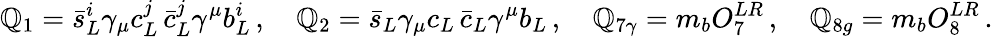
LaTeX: \mathbb{Q}_{1}=\bar{{s}}_{L}^{i}\gamma_{\mu}c_{L}^{j}\, \bar{{c}}_{L}^{j}\gamma^{\mu}b_{L}^{i}\, ,\quad\mathbb{Q}_{2}=\bar{{s}}_{L}\gamma_{\mu}c_{L}\, \bar{{c}}_{L}\gamma^{\mu}b_{L}\, ,\quad\mathbb{Q}_{7\gamma}=m_{b}O_{7}^{LR}\, ,\quad\mathbb{Q}_{8g}=m_{b}O_{8}^{LR}\, .